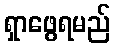
ရှာဖွေရမည်